Leaving Certificate Examination, 1903
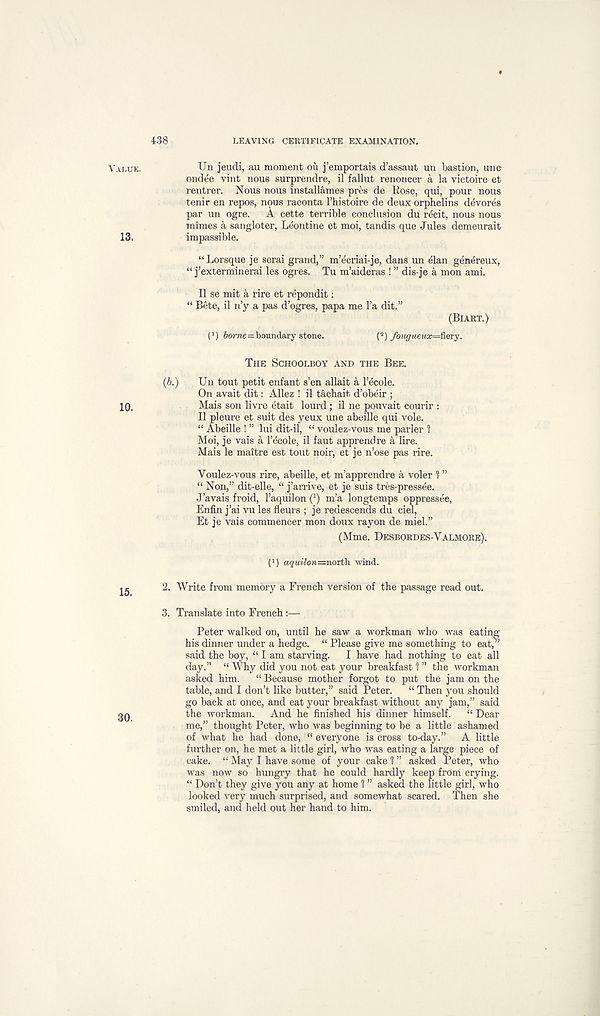
438
LEAVING CERTIFICATE EXAMINATION.
VALUE.
Un jeudi, au moment ou j’emportais d’assaut un bastion, une
ondee vint nous surprendre, il fallut renoncer a la victoire et
rentrer. Nous nous installames pres de Rose, qui, pour nous
tenir en repos, nous raconta Thistoire de deux orphelins devores
par un ogre.
A cette terrible conclusion du recit, nous nous
mimes a sangloter, Leontine et moi, tandis que Jules demeurait
13.
impassible.
“Lorsque je serai grand,” m’ecriai-je, dans un elan genereux,
“ j’exterminerai les ogres. Tu m’aideras ! ” dis-je a mon ami.
II se mit k rire et repondit:
“ Bete, il n’y a pas d’ogres, papa me l’a dit.”
(BIART.)
( 1 ) 6orne = boundary stone.
( 2 ) fonguetix=fiery.
THE SCHOOLBOY AND THE BEE.
(6.)
Un tout petit enfant s’en allait a 1’ecole.
On avait dit: Allez ! il tachait d’obeir;
10,
Mais son livre etait lourd; il ne pouvait courir :
Il pleure et suit des yeux une abeille qui vole.
“ Abeille ! ” lui dit-il, “ voulez-vous me parler 1
Moi, je vais a 1’ecole, il faut apprendre a lire.
Mais le maitre est tout noir, et je n’ose pas rire.
Youlez-vous rire, abeille, et m’apprendre a voler 1 ”
“ Non,” dit-elle, “ j’arrive, et je suis tres-pressee.
J’avais froid, 1’aquilon ( 1 ) m’a longtemps oppressee,
Enfin j’ai vu les fleurs ; je redescends du ciel,
Et je vais commencer mon doux rayon de miel.”
(Mme. DESBORDES-YALMORE).
I 1 ) aquilon=north wind.
2. Write from memory a French version of the passage read out.
3. Translate into French :—
Peter walked on, until he saw a workman who was eating
his dinner under a hedge. “ Please give me something to eat,”
said the boy, “ I am starving.
I have had nothing to eat all
day.” “ Why did you not eat your breakfast 1 ” the workman
asked him.
“ Because mother forgot to put the jam on the
table, and I don’t like butter,” said Peter.
“ Then you should
go back at once, and eat your breakfast without any jam,” said
the workman.
And he finished his dinner himself.
“ Dear
me,” thought Peter, who was beginning to be a little ashamed
of what he had done, “ everyone is cross to-day.”
A little
further on, he met a little girl, who was eating a large piece of
cake. “ May I have some of your cake 1 ” asked Peter, who
was now so hungry that he could hardly keep from crying.
“ Don’t they give you any at home 1 ” asked the little girl, who
looked very much surprised, and somewhat scared. Then she
smiled, and held out her hand to him.